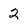
Character: 2